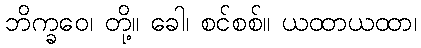
ဘိက္ခဝေ၊ တို့။ ခေါ၊ စင်စစ်။ ယထာယထာ၊